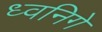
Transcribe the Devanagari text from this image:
ध्वनिगे